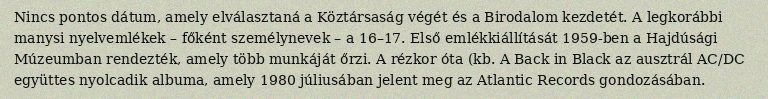
Nincs pontos dátum, amely elválasztaná a Köztársaság végét és a Birodalom kezdetét. A legkorábbi manysi nyelvemlékek – főként személynevek – a 16–17. Első emlékkiállítását 1959-ben a Hajdúsági Múzeumban rendezték, amely több munkáját őrzi. A rézkor óta (kb. A Back in Black az ausztrál AC/DC együttes nyolcadik albuma, amely 1980 júliusában jelent meg az Atlantic Records gondozásában.